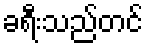
ခရီးသည်တင်